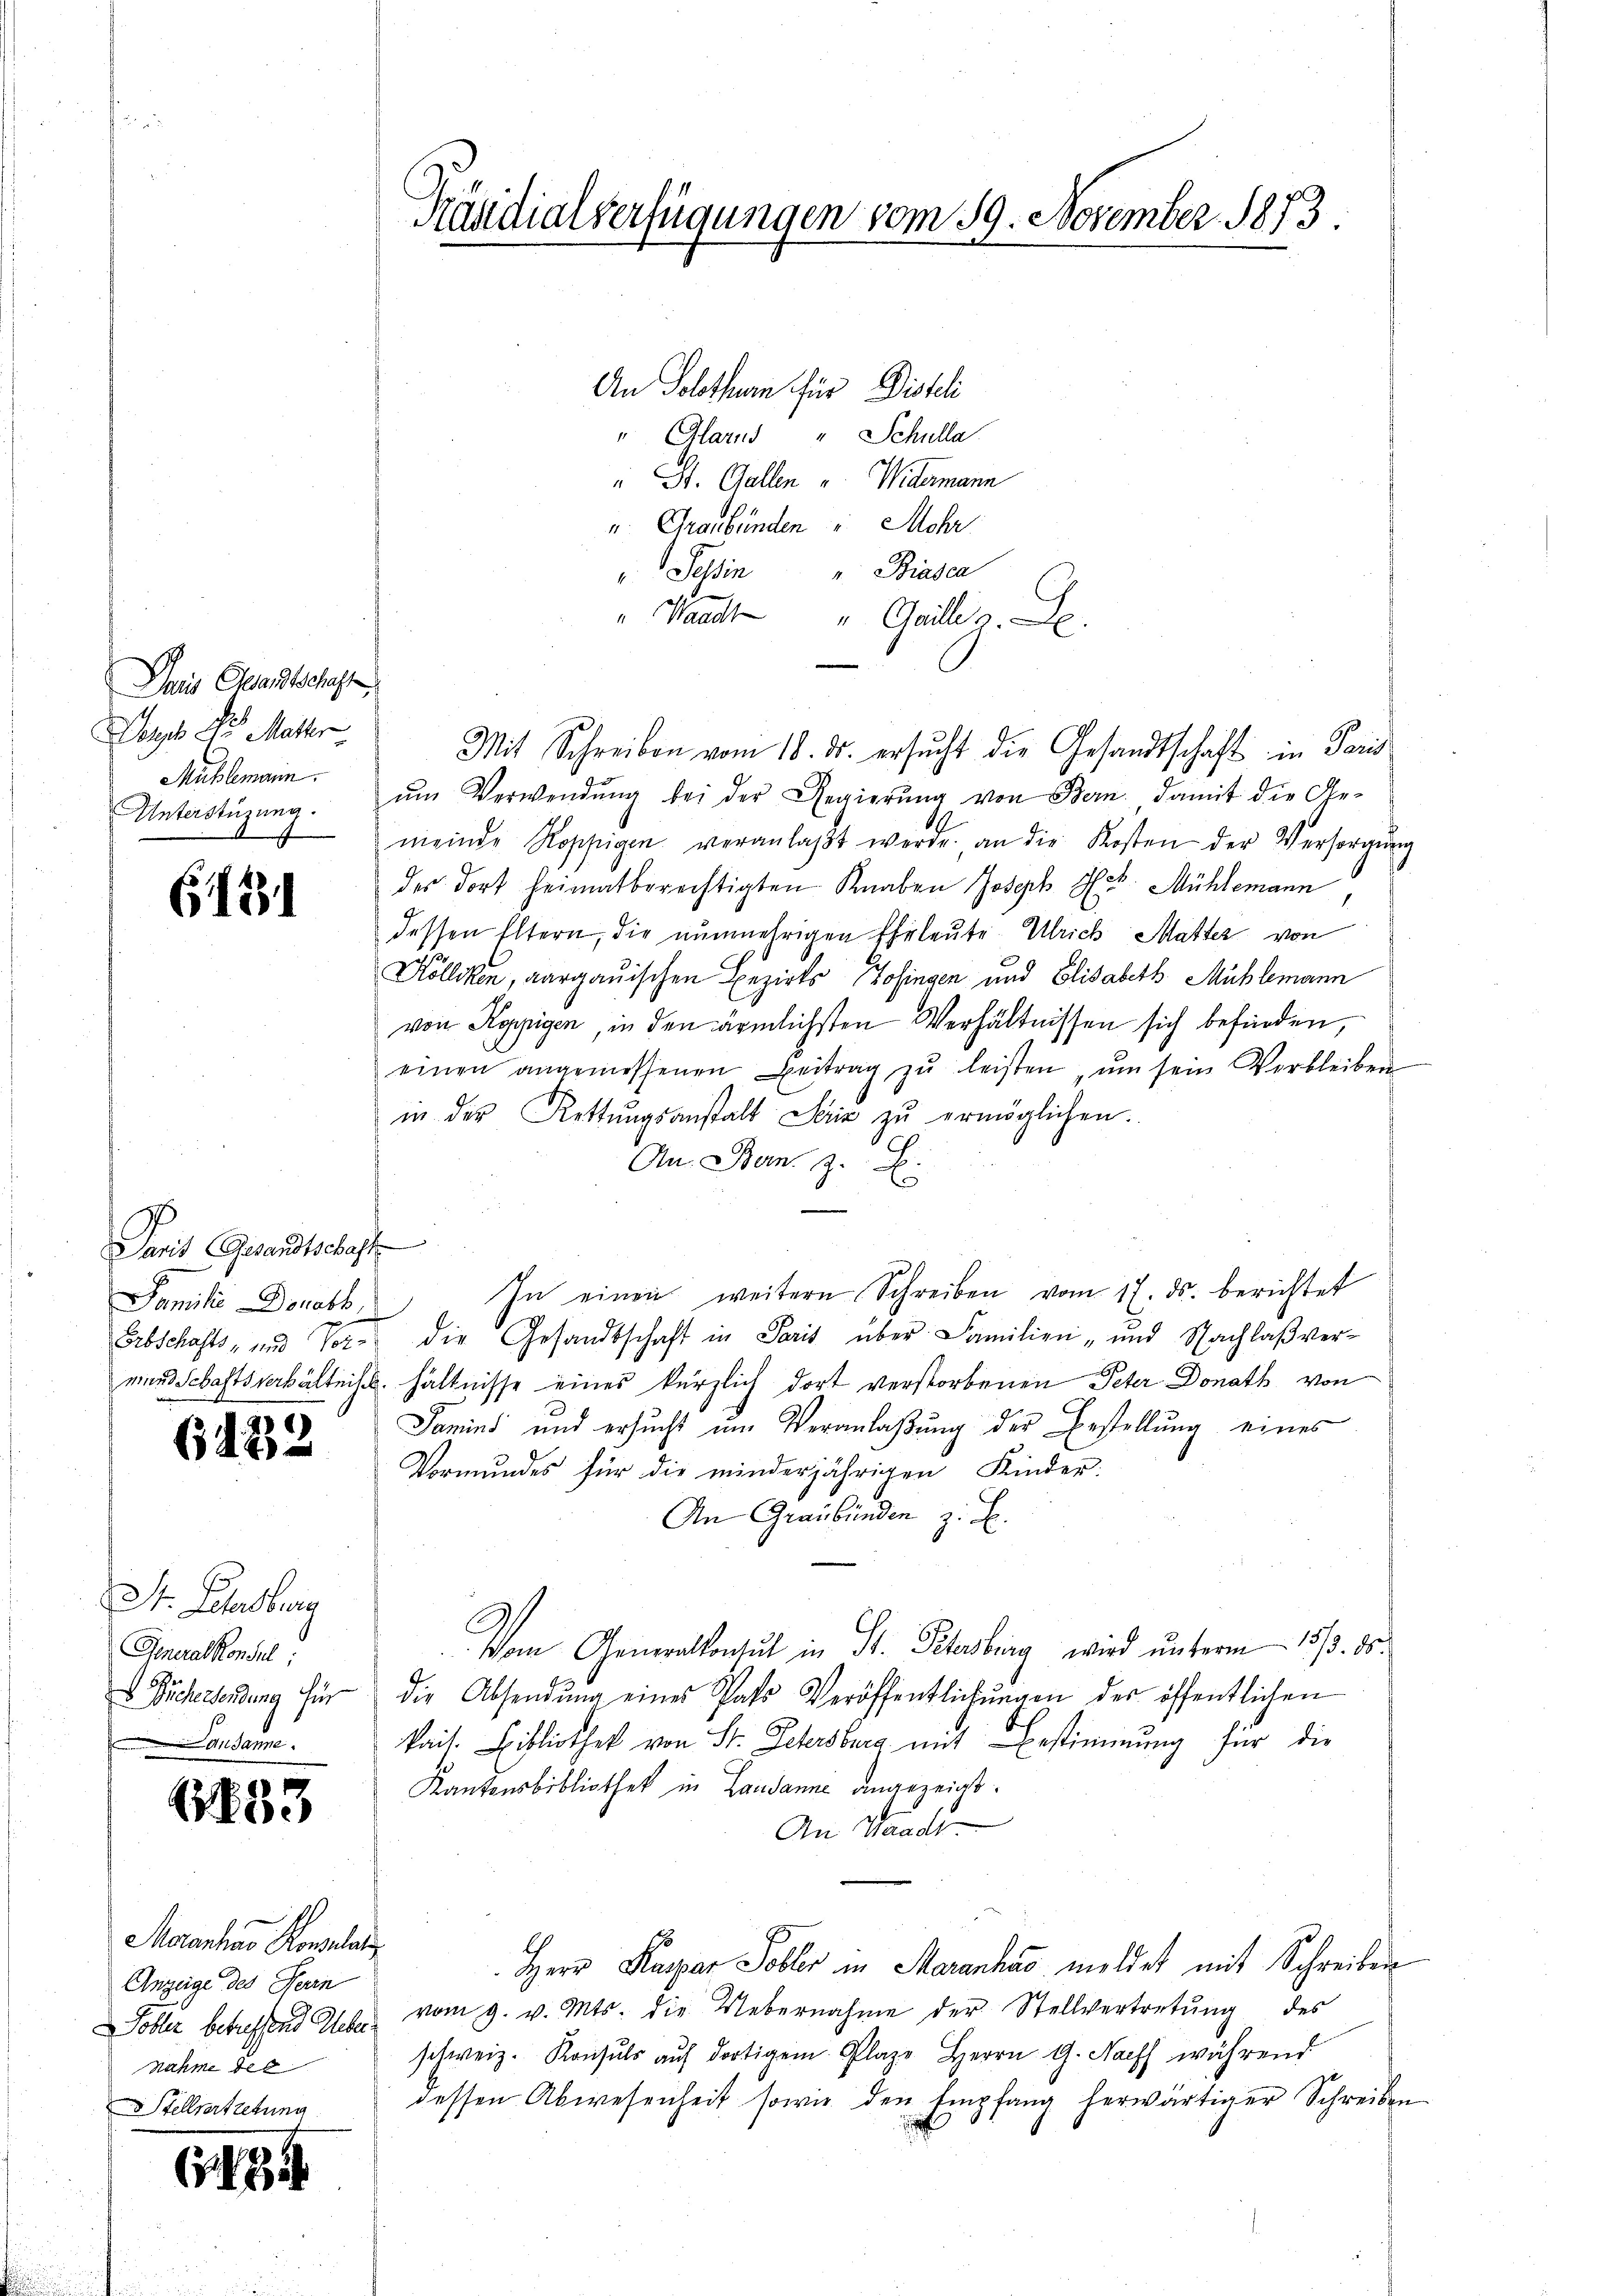
Das Gesandtschaft
orps der Matter
Mühlemann.

613

Paris Gesandtschaft
Familie Donath.

6432

St. Lebenberg
Generalkonsul
 Sichersendung für
An danne

1883

Maanhar Konzelau
Anzeige des Herin
nahme des
 Stellvertretung

(1425

Prädialverfügungen vom 19. November 1873.

An Solothurn für Distli
" Glarus " Schulla
" St. Gallen u Widermann
u. Graubünden " Mehr
" Tessin " Biasca
" Waadt " Gaillis. L
Mit Schreiben vom 18. ds. ersŭcht die Gesandtschaft in Paris
Unterstüzung. ŭm Verwendŭng bei der Regierŭng von Bern, damit die Ge-
meinde Koppigen veranlaßt werde. an die Kosten der Versorgŭng
des dort heimatberechtigten Knaben Joseph H. v. Mühlemann
dessen Eltern, die nunmehrigen Ehrleute Ulrich Matter von
Köllikon, aargauischen Bezirks Zofingen und Elisabeth Mühlemann
von Koppigen, in den ärmlichsten Verhältnissen sich befinden,
einen angemessenen Beitrag zŭ leisten, ŭm sein Verbleiben
in der Rettŭngsanstalt Serie zŭ ermöglichen.
An Bern z. B.
In einen weitere Schreiben vom 17. ds. berichtet
Erbschafts- und Vor die Gesandtschaft in Paris über Familien- und Nachlaβ ver-
mirs Schaftsverhältnis hältnisse eines kürzlich dort verstorbenen Peter Donath von
Tamini und ersucht um Veranlaßung der Bestellung eines
Vormundes für die minderjährigen Kinder:
An Graubünden z. B.
Vom Generalkonsul in St. Petersburg wird unterm 15/3. ds.
die Absendŭng eines Pats Veröffentlichŭngen der öffentlichen
kais. Bibliothek von St. Petersburg mit Bestimmung für die
Kantonsbibliothek in Lausanne angezeigt.
An Waadt
Herr Kaspar Soller in Marenhus meldet mit Schreiben
Dobler betreffend Gebe vom 9. v. Mts. die Uebernahme der Stellvertretung des
schweiz. Konsuls auf dortigem Plaze Herrn G. Nach während
dessen Abwesenheit sowie den Empfang herwärtiger Schreiben